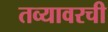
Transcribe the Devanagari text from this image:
तव्यावरची